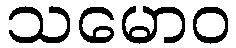
သမောဝ